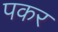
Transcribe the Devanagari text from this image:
पकर